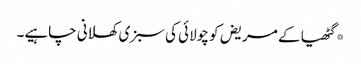
*گٹھیا کے مریض کو چولائی کی سبزی کھلانی چاہیے۔